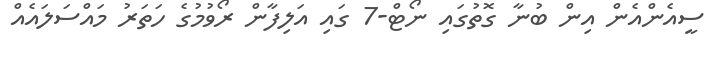
ސީއެންއެން އިން ބުނާ ގޮތުގައި ނޯޓް-7 ގައި އަލިފާން ރޯވުމުގެ ހަތަރު މައްސަލައެއް